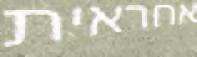
אחראית